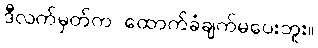
ဒီလက်မှတ်က ထောက်ခံချက်မပေးဘူး။